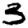
Digit: 3